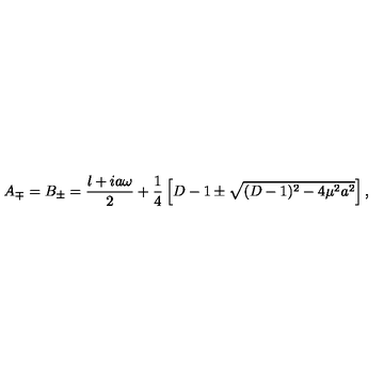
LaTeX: A _ { \mp } = B _ { \pm } = \frac { l + i a \omega } { 2 } + \frac { 1 } { 4 } \left[ D - 1 \pm \sqrt { ( D - 1 ) ^ { 2 } - 4 \mu ^ { 2 } a ^ { 2 } } \right] ,